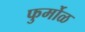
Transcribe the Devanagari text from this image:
फुर्मोळ